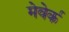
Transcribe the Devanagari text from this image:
मेवेर्क